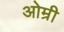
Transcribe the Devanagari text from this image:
ओम्री